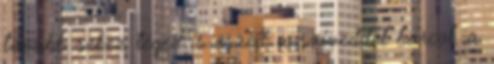
tovább sebez téged. s eszed a szíveddel harcol. a